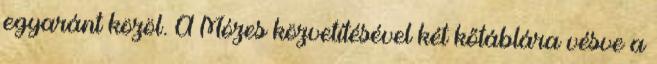
egyaránt közöl. A Mózes közvetítésével két kőtáblára vésve a